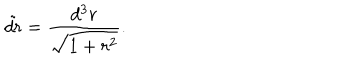
\tilde { d r } = { \frac { d ^ { 3 } r } { \sqrt { 1 + r ^ { 2 } } } } .